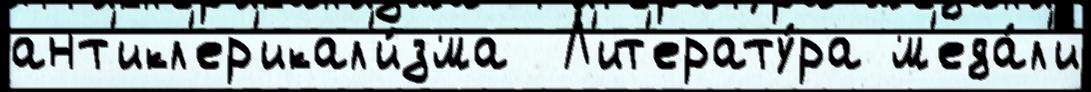
ант'икл'ер'икал'и́зма  Л'ит'ерату́ра м'еда́л'и